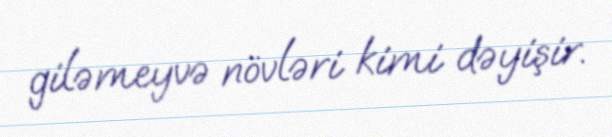
giləmeyvə növləri kimi dəyişir.